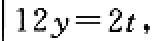
\(12y = 2t\)